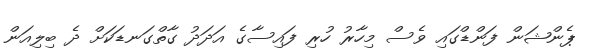
ޕެންޝަން ފަންޑްގައި ވެސް މިހާރު ހުރި ފައިސާގެ އަދަދު ގާތްގަނޑަކަށް ދެ ބިލިއަން